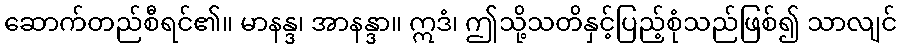
ဆောက်တည်စီရင်၏။ မာနန္ဒ၊ အာနန္ဒာ။ ဣဒံ၊ ဤသို့သတိနှင့်ပြည့်စုံသည်ဖြစ်၍ သာလျင်